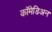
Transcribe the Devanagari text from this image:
कॉमेडिअन